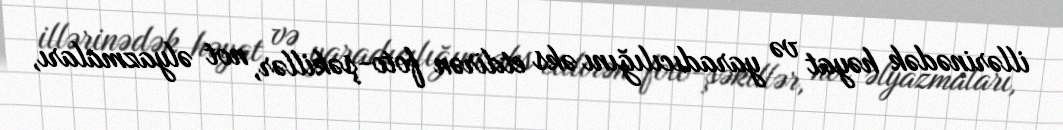
illərinədək həyat və yaradıcılığını əks etdirən foto-şəkillər, not əlyazmaları,